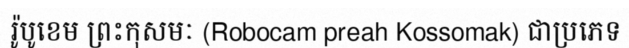
រ៉ូបូខេម ព្រះកុសមៈ (Robocam preah Kossomak) ជាប្រភេទ